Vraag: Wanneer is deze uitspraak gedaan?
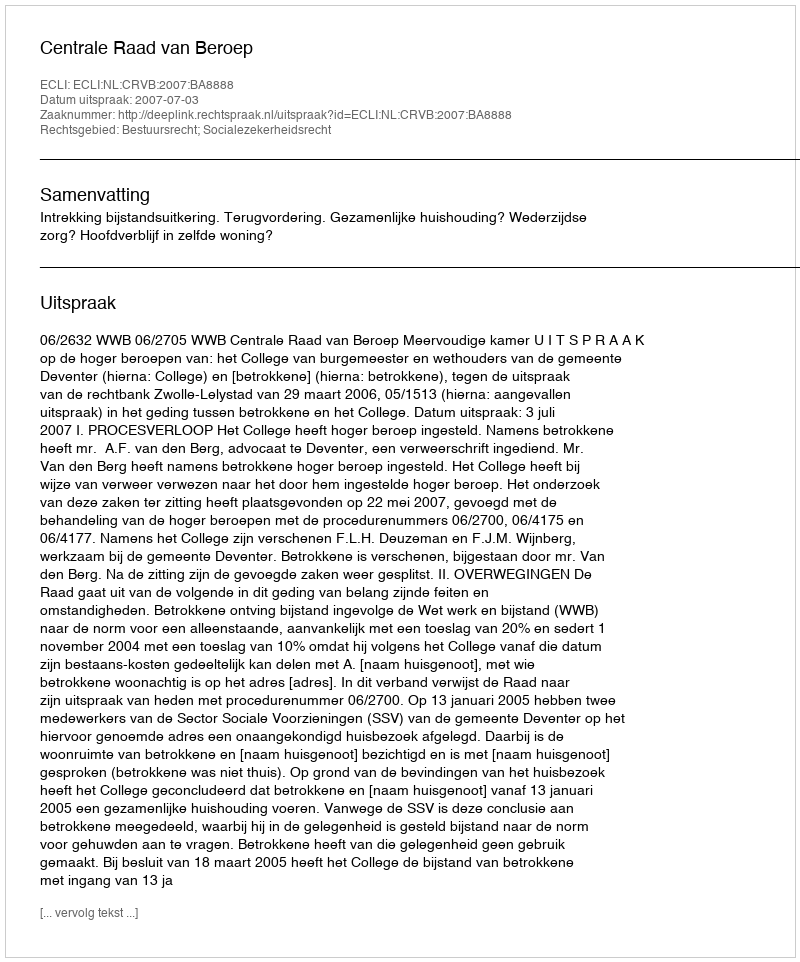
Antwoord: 2007-07-03